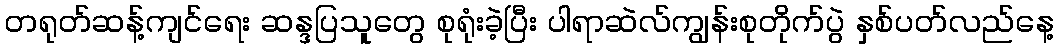
တရုတ်ဆန့်ကျင်ရေး ဆန္ဒပြသူတွေ စုရုံးခဲ့ပြီး ပါရာဆဲလ်ကျွန်းစုတိုက်ပွဲ နှစ်ပတ်လည်နေ့